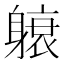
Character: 𬧭